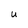
Character: U